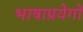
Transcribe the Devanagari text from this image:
भाषाप्रयेगों